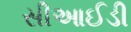
સીઆઈડી